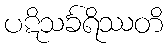
ပဋိသင်္ခရိဿတိ